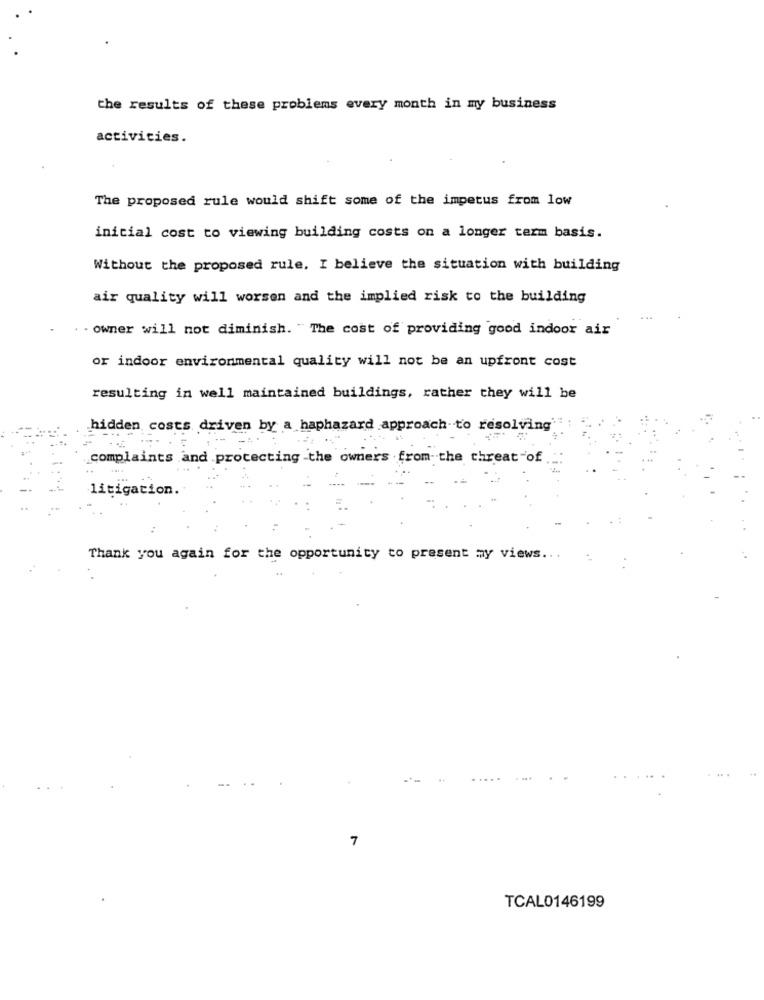
the results of these problems every month in my business
activities.
The proposed rule would shift some of the impetus from low
inicial cost to viewing building costs on a longer term basis.
Without the proposed rule, I believe the situation with building
air quality will worsen and the implied risk to the building
. owner will not diminish. " The cost of providing good indoor air
or indoor environmental quality will not be an upfront cost
resulting in well maintained buildings, rather they will be
hidden costs driven by a haphazard approach to resolving
complaints and protecting the owners .from the threat of
litigation.
Thank you again for the opportunity to present my views ...
. ...
7
TCAL0146199